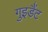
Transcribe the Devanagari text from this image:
गुइडैंट